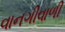
વાનગીવાળી